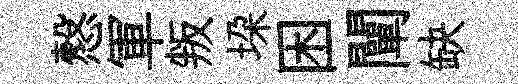
慤軍叛垜困闡缺